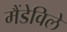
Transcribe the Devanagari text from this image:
मैंडेविले